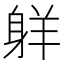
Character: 𦎒